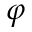
\varphi